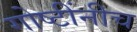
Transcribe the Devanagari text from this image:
गोष्टींनीच